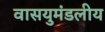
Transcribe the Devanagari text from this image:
वासयुमंडलीय